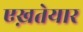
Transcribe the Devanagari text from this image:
एख़तेयार